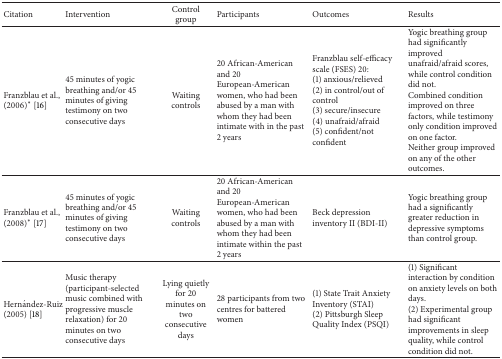
<table><thead><tr><td><b>Citation</b></td><td><b>Intervention</b></td><td><b>Control group</b></td><td><b>Participants</b></td><td><b>Outcomes</b></td><td><b>Results</b></td></tr></thead><tbody><tr><td>Franzblau et al., (2006)* [16]</td><td>45 minutes of yogic breathing and/or 45 minutes of giving testimony on two consecutive days</td><td>Waiting controls</td><td>20 African-American and 20 European-American women, who had been abused by a man with whom they had been intimate with in the past 2 years</td><td>Franzblau self-efficacy scale (FSES) 20:(1) anxious/relieved(2) in control/out of control(3) secure/insecure(4) unafraid/afraid(5) confident/not confident</td><td>Yogic breathing group had significantly improved unafraid/afraid scores, while control condition did not.Combined condition improved on three factors, while testimony only condition improved on one factor.Neither group improved on any of the other outcomes.</td></tr><tr><td>Franzblau et al., (2008)* [17]</td><td>45 minutes of yogic breathing and/or 45 minutes of giving testimony on two consecutive days</td><td>Waiting controls</td><td>20 African-American and 20 European-American women, who had been abused by a man with whom they had been intimate within the past 2 years</td><td>Beck depression inventory II (BDI-II) </td><td>Yogic breathing group had a significantly greater reduction in depressive symptoms than control group.</td></tr><tr><td>Hernández-Ruiz (2005) [18]</td><td>Music therapy (participant-selected music combined with progressive muscle relaxation) for 20 minutes on two consecutive days</td><td>Lying quietly for 20 minutes on two consecutive days</td><td>28 participants from two centres for battered women</td><td>(1) State Trait Anxiety Inventory (STAI)(2) Pittsburgh Sleep Quality Index (PSQI)</td><td>(1) Significant interaction by condition on anxiety levels on both days.(2) Experimental group had significant improvements in sleep quality, while control condition did not.</td></tr></tbody></table>